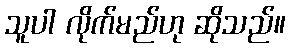
သူပါ လိုက်မည်ဟု ဆိုသည်။